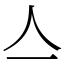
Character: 亼